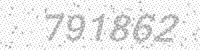
Solution: 791862